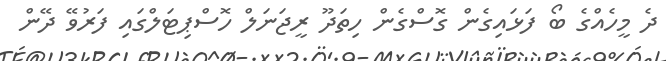
ދެ މީހެއްގެ ބޯ ފަަޅައިގެން ގޮސްގެން ހިތަދޫ ރީޖަނަލް ހޮސްޕިޓަލްގައި ފަރުވޭ ދޭން